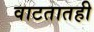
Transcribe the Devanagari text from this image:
वाटतातही